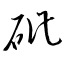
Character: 砒